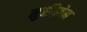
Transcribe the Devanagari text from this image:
मुक्तीसेन